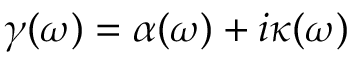
\gamma ( \omega ) = \alpha ( \omega ) + i \kappa ( \omega )